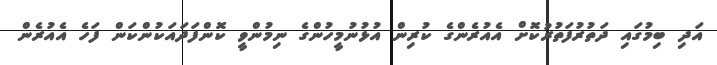
އަދި ބިމުގައި ދަތުރުފަތުރުކޮށް އެއުރެންގެ ކުރިން އުޅުނުމީހުންގެ ނިމުންވީ ކޮންފަދައަކުންކަން ފަހެ އެއުރެން